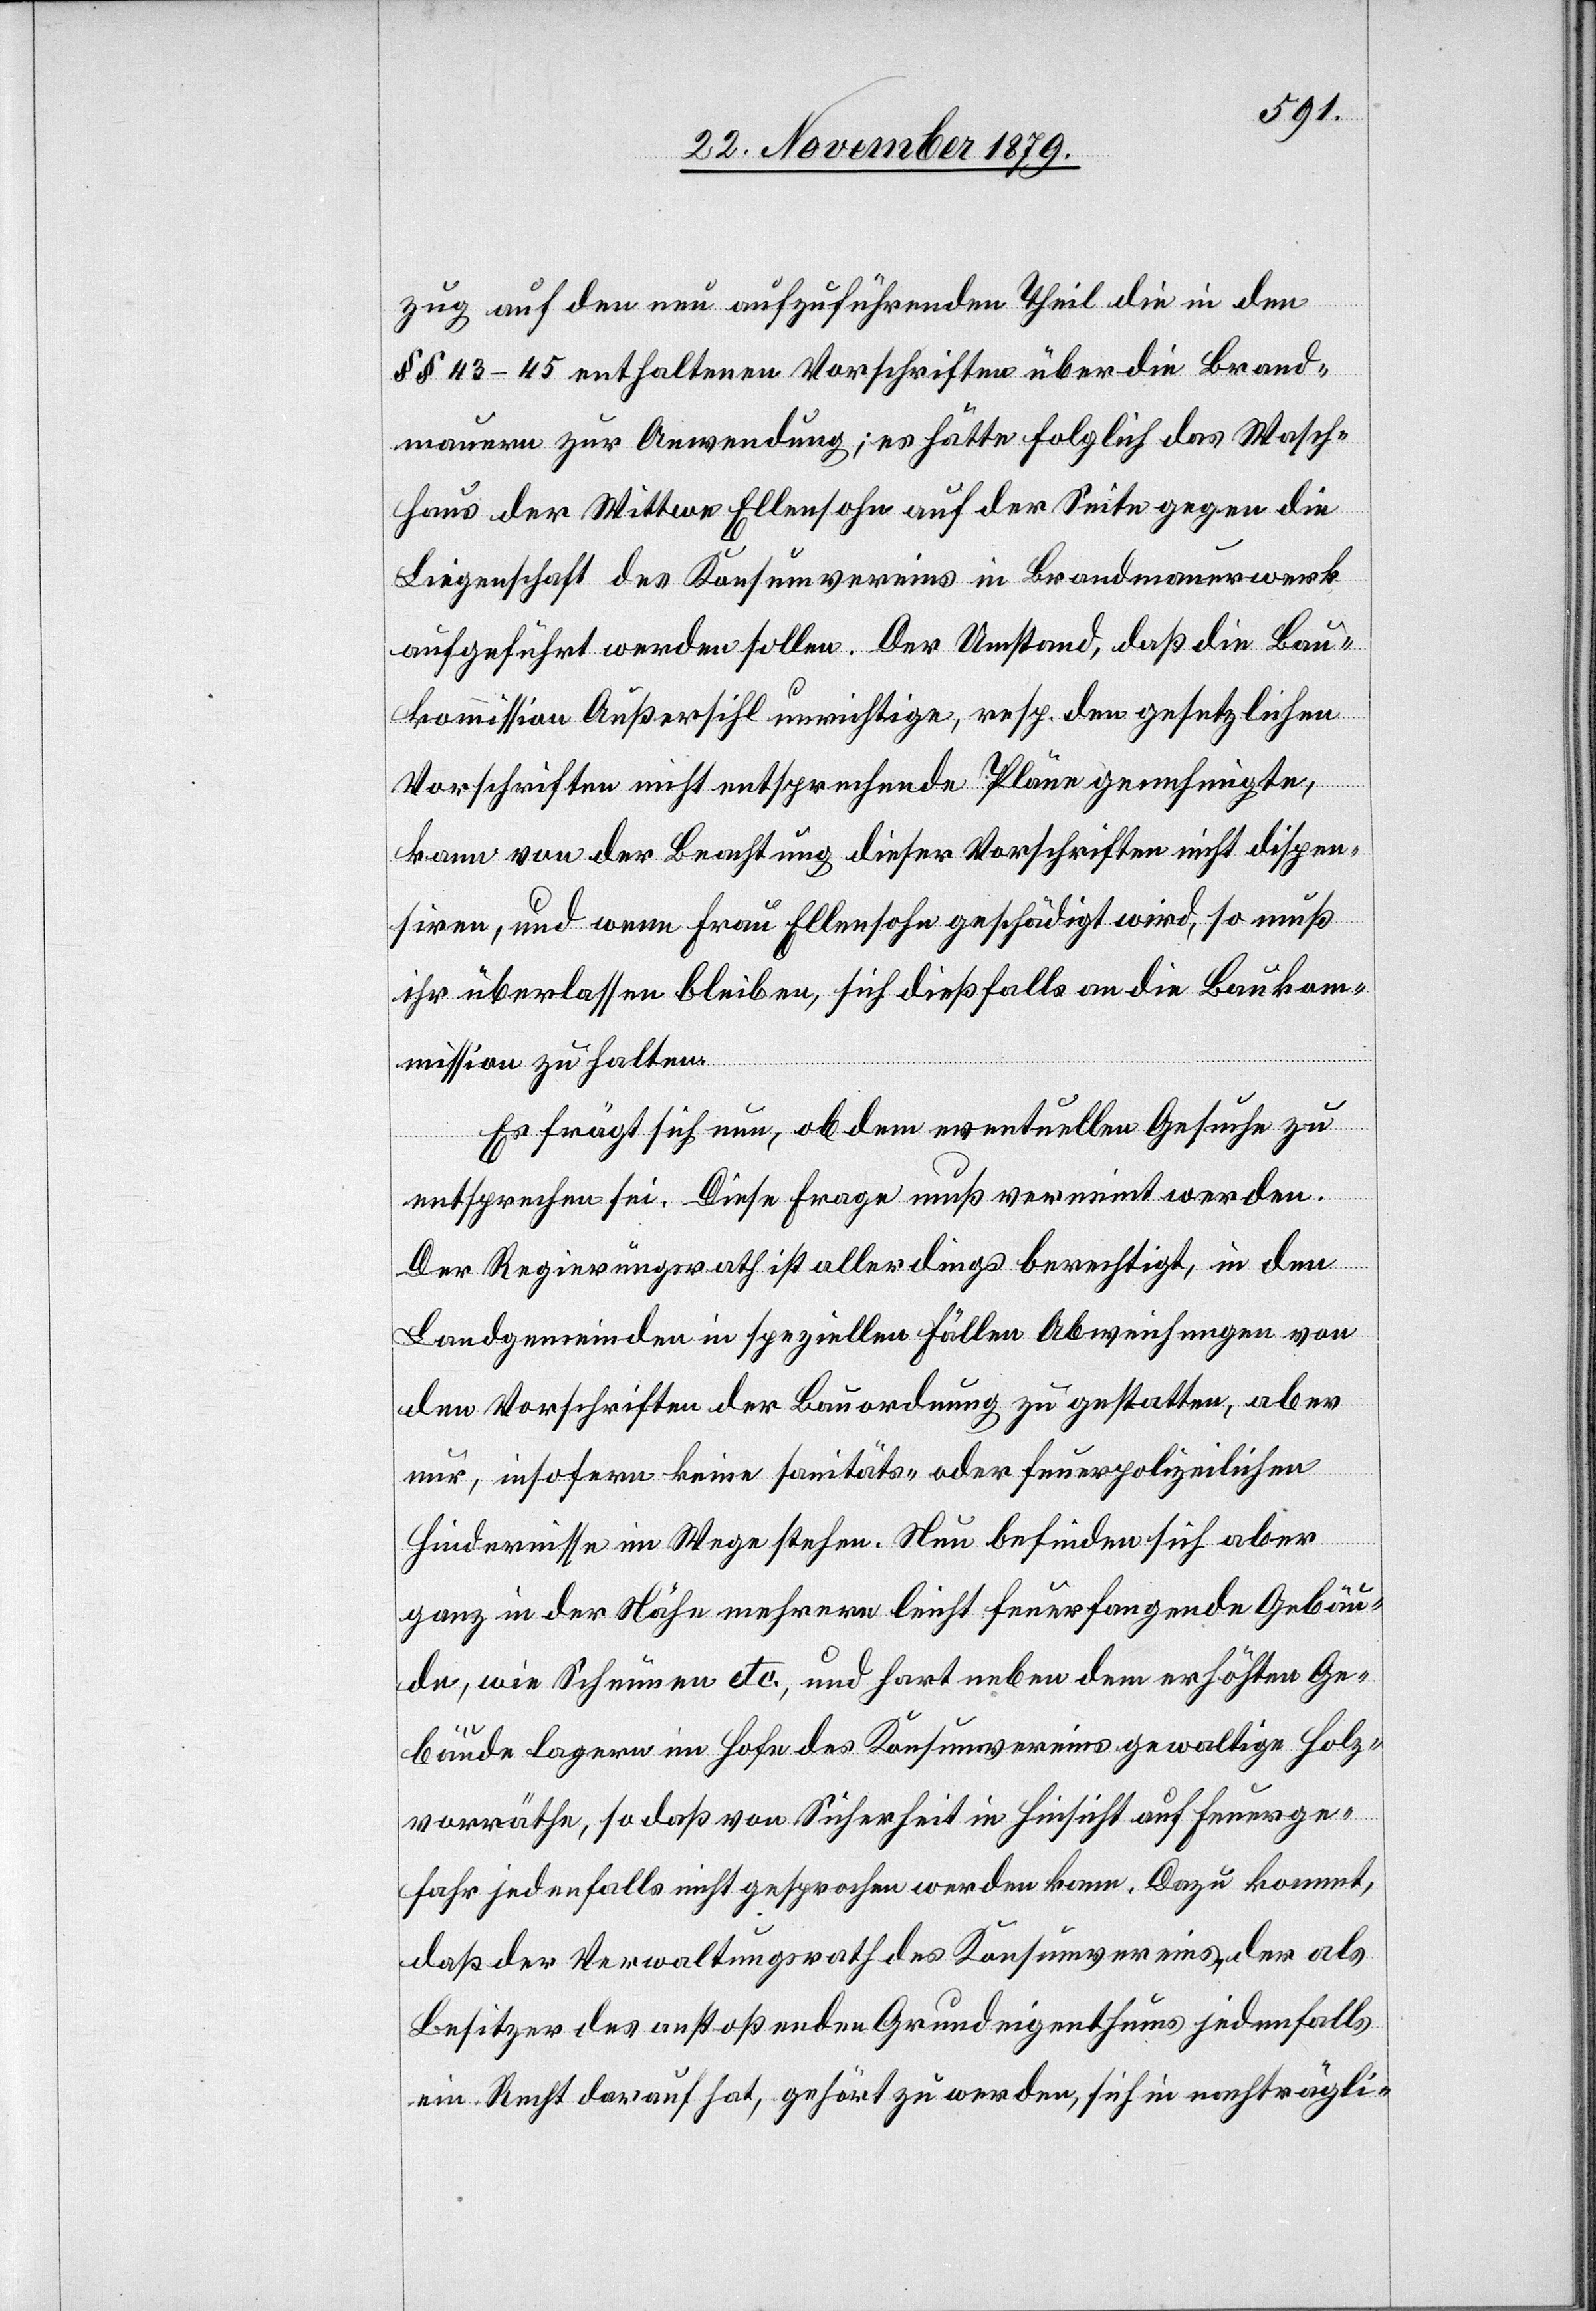
zug auf den neu aufzuführenden Theil die in den
§§ 43–45 enthaltenen Vorschriften über die Brand¬
mauern zur Anwendung; es hätte folglich das Wasch¬
haus der Wittwe Ellensohn auf der Seite gegen die
Liegenschaft des Konsumvereins in Brandmauerwerk
aufgeführt werden sollen. Der Umstand, daß die Bau¬
kommission Außersihl unrichtige, resp. den gesetzlichen
Vorschriften nicht entsprechende Pläne genehmigte,
kann von der Beachtung dieser Vorschriften nicht dispen¬
siren, und wenn Frau Ellensohn geschädigt wird, so muß
ihr überlassen bleiben, sich dießfalls an die Baukom¬
mission zu halten.
Es frägt sich nun, ob dem eventuellen Gesuche zu
entsprechen sei. Diese Frage muß verneint werden.
Der Regierungsrath ist allerdings berechtigt, in den
Landgemeinden in speziellen Fällen Abweichungen von
den Vorschriften der Bauordnung zu gestatten, aber
nur, insofern keine sanitäts- oder feuerpolizeilichen
Hindernisse im Wege stehen. Nun befinden sich aber
ganz in der Nähe mehrere leicht feuerfangende Gebäu¬
de, wie Scheunen etc., und hart neben dem erhöhten Ge¬
bäude lagern im Hofe des Konsumvereins gewaltige Holz¬
vorräthe, so daß von Sicherheit in Hinsicht auf Feuerge¬
fahr jedenfalls nicht gesprochen werden kann. Dazu kommt,
daß der Verwaltungsrath des Konsumvereins der als
Besitzer des anstoßenden Grundeigenthums jedenfalls
ein Recht darauf hat, gehört zu werden, sich in nachträgli-